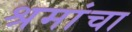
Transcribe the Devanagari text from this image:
श्रमांचा